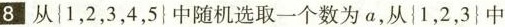
8从\left \{ 1，2，3，4，5 \right \} 中随机选取一个数为a，从\left \{ 1，2，3\right \} 中